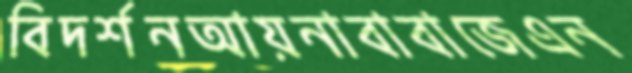
বিদর্শনআয়নাবাবাজেএন